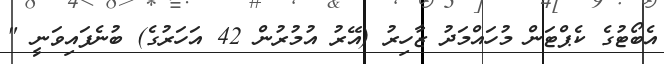
އެބޯޓުގެ ކެޕްޓަން މުހައްމަދު ޒާހިރު (އޭރު އުމުރުން 42 އަހަރުގެ) ބުނެފައިވަނީ "